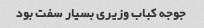
جوجه کباب وزیری بسیار سفت بود